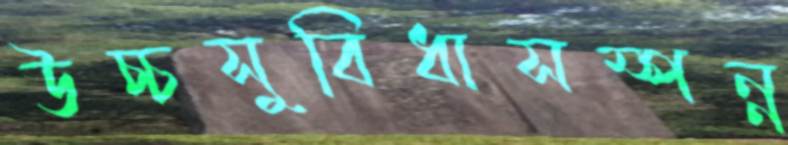
উচ্চসুবিধাসম্পন্ন